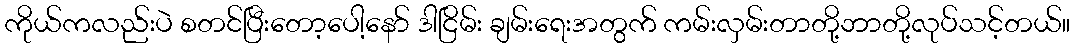
ကိုယ်ကလည်းပဲ စတင်ပြီးတော့ပေါ့နော် ဒါငြိမ်း ချမ်းရေးအတွက် ကမ်းလှမ်းတာတို့ဘာတို့လုပ်သင့်တယ်။